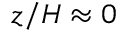
z / H \approx 0